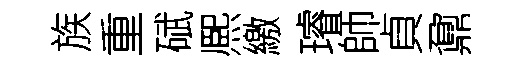
族重碔熈繳璿師貞鼐